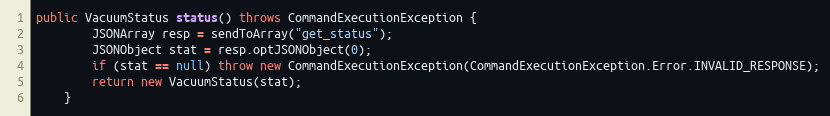
Language: Java
public VacuumStatus status() throws CommandExecutionException {
        JSONArray resp = sendToArray("get_status");
        JSONObject stat = resp.optJSONObject(0);
        if (stat == null) throw new CommandExecutionException(CommandExecutionException.Error.INVALID_RESPONSE);
        return new VacuumStatus(stat);
    }